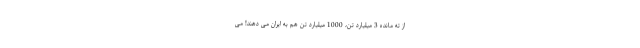
از ته مانده 3 میلیارد تن، 1000 میلیارد تن هم به ایران می دهند! می